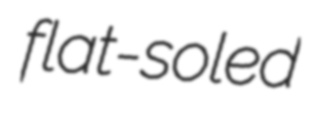
flat-soled